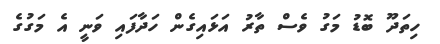
ހިތަދޫ ބޮޑު މަގު ވެސް ތާރު އަޅައިގެން ހަދާފައި ވަނީ އެ މަގުގެ